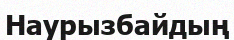
Наурызбайдың